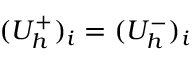
( U _ { h } ^ { + } ) _ { i } = ( U _ { h } ^ { - } ) _ { i }